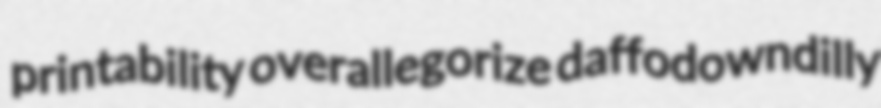
printability overallegorize daffodowndilly